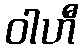
ဝါဟီ